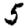
Digit: 5